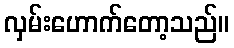
လှမ်းဟောက်တော့သည်။